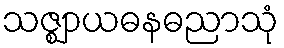
သဇ္ဈာယဓနဓညာသုံ